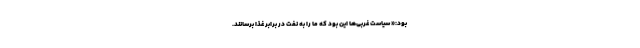
بود:« سیاست غربی‌ها این بود که ما را به نفت در برابر غذا برسانند.